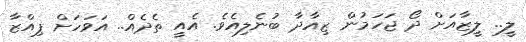
ލީ.. ލީޒާއަށް ދޯ ޖަހަމުން ޒިއާދާ ބުނެލިއެވެ. އެއީ ތެދެއް.. އަވަހަށް ޕިއްޒާ